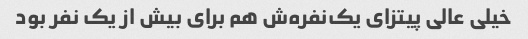
خیلی عالی پیتزای یک‌نفره‌ش هم برای بیش از یک نفر بود